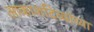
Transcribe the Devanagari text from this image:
आकाशदिव्यांच्या